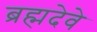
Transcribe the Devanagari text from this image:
ब्रह्मदेवे